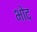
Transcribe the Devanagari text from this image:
भोद